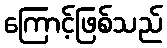
ကြောင့်ဖြစ်သည်